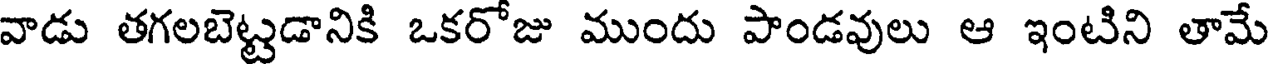
వాడు తగలబెట్టడానికి ఒకరోజు ముందు పాండవులు ఆ ఇంటిని తామే